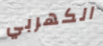
الكهربي